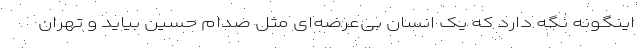
اینگونه نگه دارد که یک انسان بی‌عرضه‌ای مثل صدام حسین بیاید و تهران